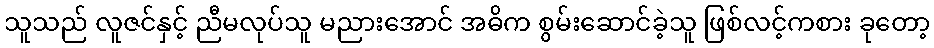
သူသည် လူဇင်နှင့် ညီမလုပ်သူ မညားအောင် အဓိက စွမ်းဆောင်ခဲ့သူ ဖြစ်လင့်ကစား ခုတော့